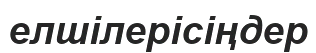
елшілерісіңдер